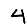
Digit: 4